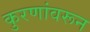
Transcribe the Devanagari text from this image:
कुरणांवरून